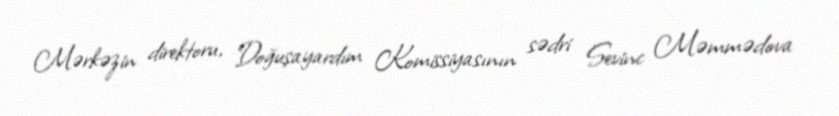
Mərkəzin direktoru, Doğuşayardım Komissiyasının sədri Sevinc Məmmədova